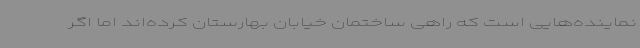
نماینده‌هایی است که راهی ساختمان خیابان بهارستان کرده‌اند اما اگر